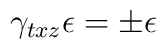
\gamma_{txz} \epsilon = \pm \epsilon